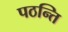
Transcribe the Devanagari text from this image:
पठन्ति